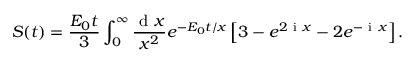
S ( t ) = \frac { E _ { 0 } t } { 3 } \int _ { 0 } ^ { \infty } \frac { \ensuremath { \mathrm { ~ d ~ } } x } { x ^ { 2 } } e ^ { - E _ { 0 } t / x } \left[ 3 - e ^ { 2 \ensuremath { \mathrm { ~ i ~ } } x } - 2 e ^ { - \ensuremath { \mathrm { ~ i ~ } } x } \right] .